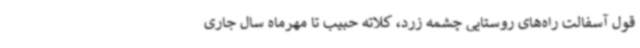
قول آسفالت راه‌های روستایی چشمه زرد، کلاته حبیب تا مهرماه سال جاری